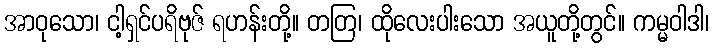
အာဝုသော၊ ငါ့ရှင်ပရိဗုဇ် ရဟန်းတို့။ တတြ၊ ထိုလေးပါးသော အယူတို့တွင်။ ကမ္မဝါဒါ၊